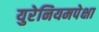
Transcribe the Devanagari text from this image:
युरेनियमपेक्षा